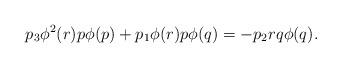
LaTeX: \begin{gather*}p_{3} \phi^{2}(r) p \phi (p)+p_{1} \phi(r) p \phi(q)=-p_{2} r q\phi(q).\end{gather*}